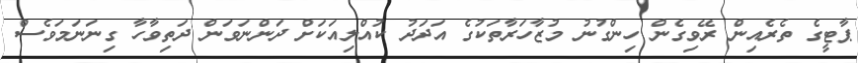
ޕާޓީގެ ތެރެއިން ރޭވިގެން ހިންގުނު މުޒާހަރާތަކުގެ އަދަދު ކުއްލިއަކަށް ދަންނަވަން ދަތިވާހާ ގިނަނަމަވެސް